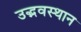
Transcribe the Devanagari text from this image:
उद्भवस्थान